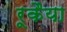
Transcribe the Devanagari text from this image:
रूकैया